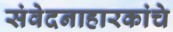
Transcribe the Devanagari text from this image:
संवेदनाहारकांचे